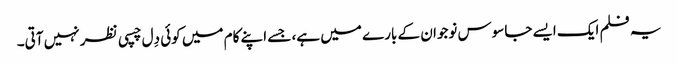
یہ فلم ایک ایسے جاسوس نوجوان کے بارے میں ہے، جسے اپنے کام میں کوئی دِل چسپی نظر نہیں آتی۔